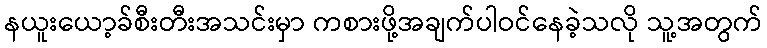
နယူးယော့ခ်စီးတီးအသင်းမှာ ကစားဖို့အချက်ပါဝင်နေခဲ့သလို သူ့အတွက်